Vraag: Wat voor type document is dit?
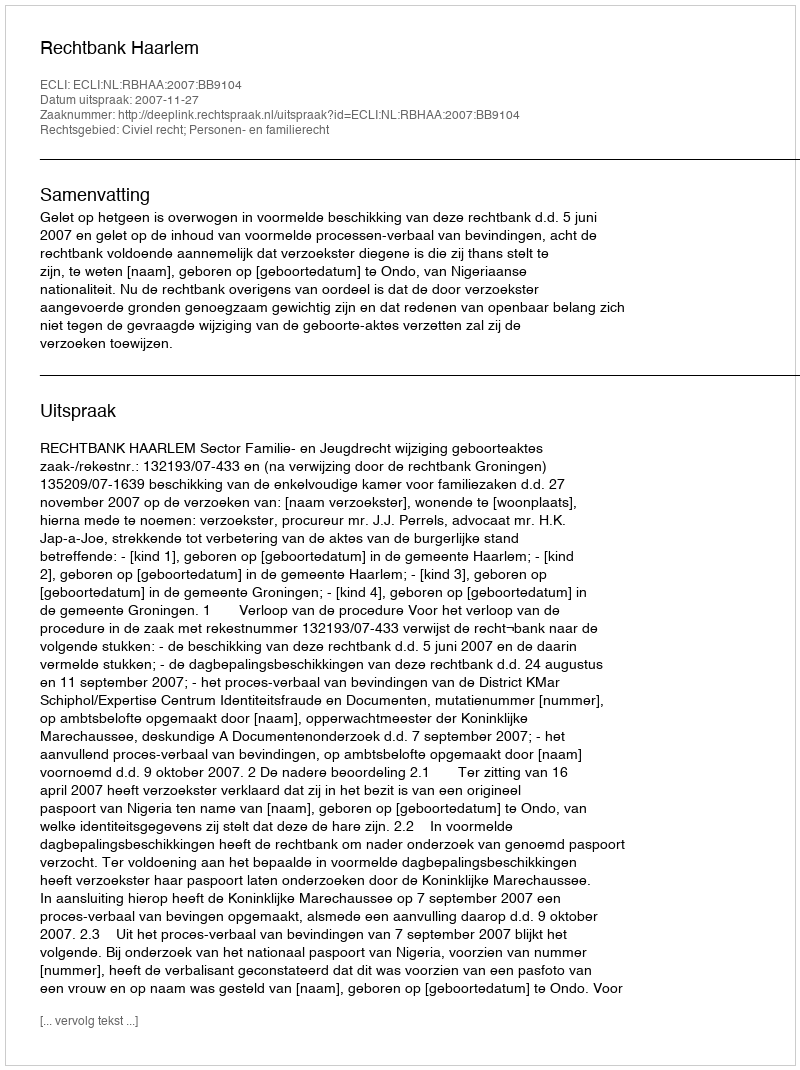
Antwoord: Uitspraak